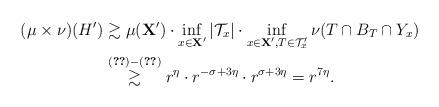
LaTeX: \begin{align*}(\mu\times\nu)(H') &\gtrsim \mu(\mathbf{X}') \cdot \inf_{x\in \mathbf{X}'} |\mathcal{T}_x| \cdot \inf_{x\in \mathbf{X}', T\in\mathcal{T}'_x} \nu(T\cap B_T\cap Y_x)\\&\overset{\eqref{eq: eqfraction}-\eqref{form61}}{\gtrsim} r^{\eta}\cdot r^{-\sigma + 3\eta} \cdot r^{\sigma+3\eta} = r^{7\eta}.\end{align*}